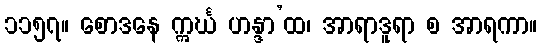
၁၁၅၇။ စောဒနေ ဣင်္ဃ ဟန္ဒာ’ထ၊ အာရာဒူရာ စ အာရကာ။